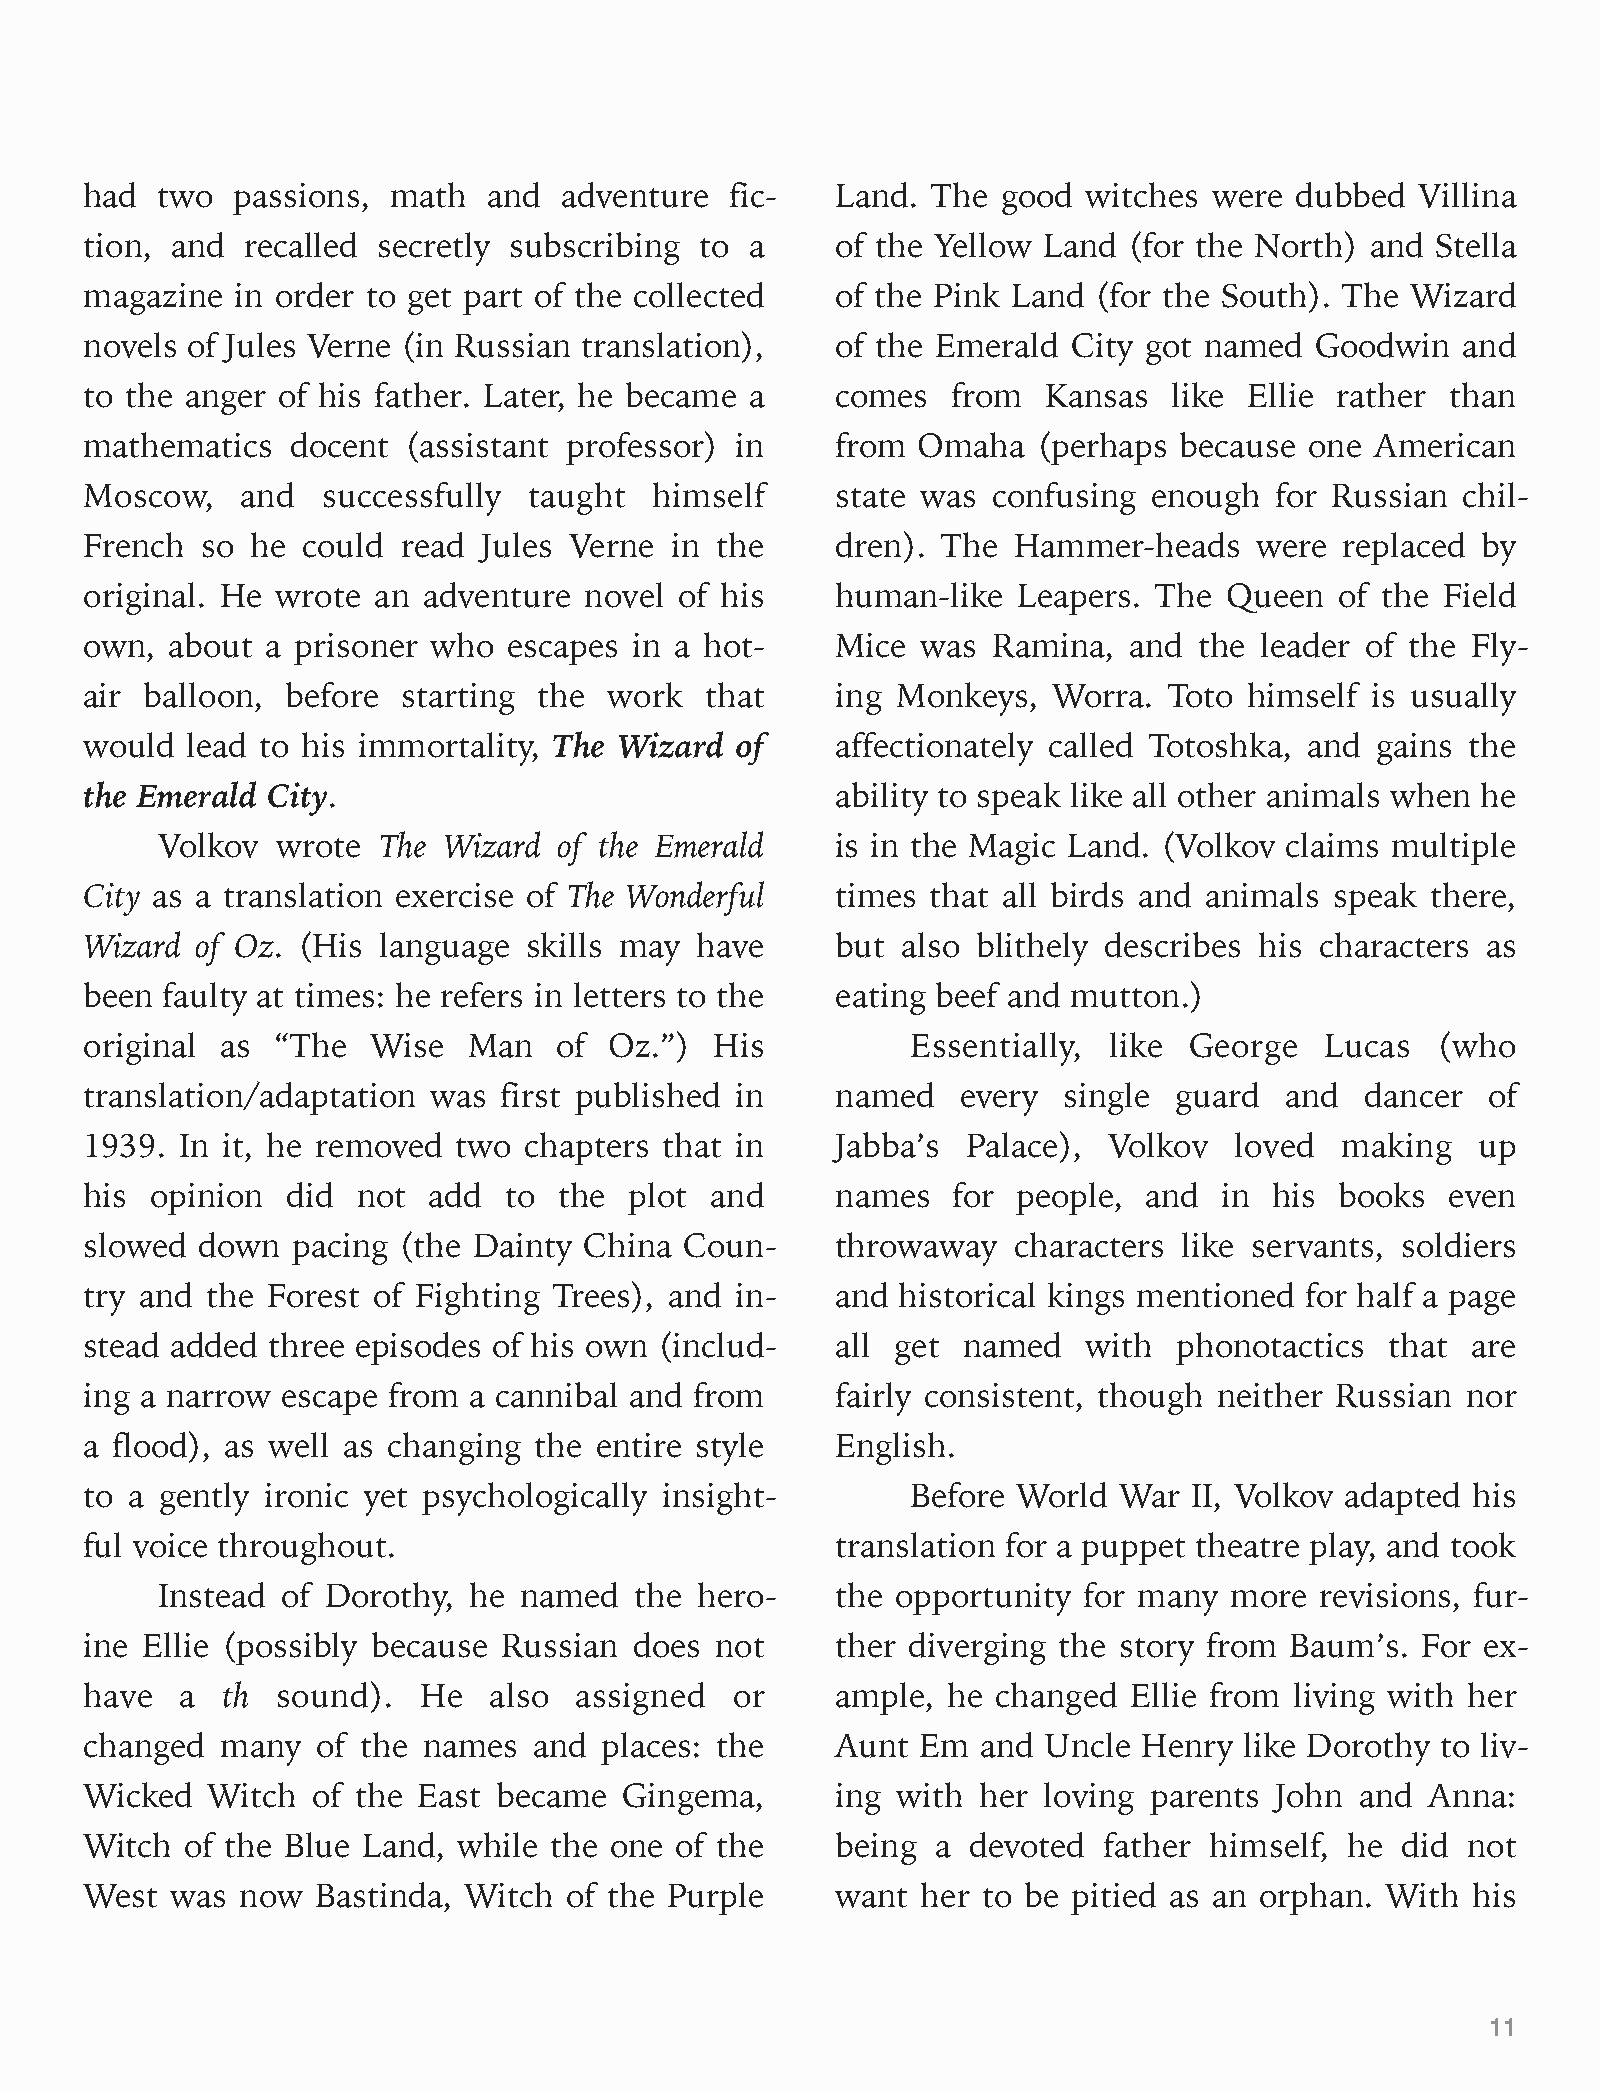
had two  passions,  math  and  adventure  fic-   Land.  The good  witches were  dubbed  Villina
 tion, and recalled secretly subscribing to  a    of the Yellow Land  (for the North) and Stella
 magazine  in order to get part of the collected  of the Pink Land  (for the South). The Wizard
 novels of Jules Verne (in Russian translation),  of the Emerald  City got named  Goodwin   and
 to the anger of his father. Later, he became a   comes   from  Kansas   like Ellie rather than
 mathematics  docent  (assistant professor) in    from  Omaha   (perhaps because  one American
 Moscow,   and  successfully  taught  himself     state was  confusing enough  for Russian  chil-
 French so  he could  read Jules Verne in the     dren). The  Hammer-heads    were  replaced by
 original. He wrote an adventure  novel of his    human-like  Leapers.  The Queen   of the Field
 own, about  a prisoner who  escapes in a hot-    Mice  was  Ramina,  and the leader of the Fly-
 air balloon, before  starting the work   that    ing Monkeys,   Worra. Toto  himself is usually
 would lead to his immortality, The Wizard  of    affectionately called Totoshka, and gains the
 the Emerald City.                                ability to speak like all other animals when he
 Volkov  wrote  The Wizard  of the Emerald    is in the Magic Land. (Volkov claims multiple
 City as a translation exercise of The Wonderful  times  that all birds and animals speak there,
 Wizard of Oz. (His language  skills may have     but  also blithely describes his characters as
 been faulty at times: he refers in letters to the eating beef and mutton.)
 original as “The   Wise  Man   of Oz.”)  His          Essentially, like  George   Lucas  (who
 translation/adaptation was first published in    named    every single  guard  and  dancer  of
 1939. In it, he removed two  chapters that in    Jabba’s  Palace), Volkov   loved  making   up
 his opinion  did  not add  to  the  plot and     names   for people,  and  in his  books  even
 slowed down  pacing (the Dainty  China Coun-     throwaway   characters like servants, soldiers
 try and the Forest of Fighting Trees), and in-   and  historical kings mentioned for half a page
 stead added three episodes of his own (includ-   all get  named   with  phonotactics  that are
 ing a narrow escape from a cannibal and from     fairly consistent, though neither Russian nor
 a flood), as well as changing the entire style   English.
 to a gently ironic yet psychologically insight-       Before World  War  II, Volkov adapted his
 ful voice throughout.                            translation for a puppet theatre play, and took
 Instead  of Dorothy, he named   the hero-    the opportunity  for many more  revisions, fur-
 ine Ellie (possibly because Russian does not     ther diverging the story from Baum’s.  For ex-
 have  a  th sound).   He  also  assigned   or    ample,  he changed  Ellie from living with her
 changed  many  of the names  and  places: the    Aunt  Em  and Uncle  Henry like Dorothy to liv-
 Wicked  Witch  of the East became  Gingema,      ing with  her loving parents John  and  Anna:
 Witch of the Blue Land, while the one  of the    being  a devoted  father himself, he  did not
 West was  now  Bastinda, Witch of the Purple     want  her to be pitied as an orphan. With his
 11